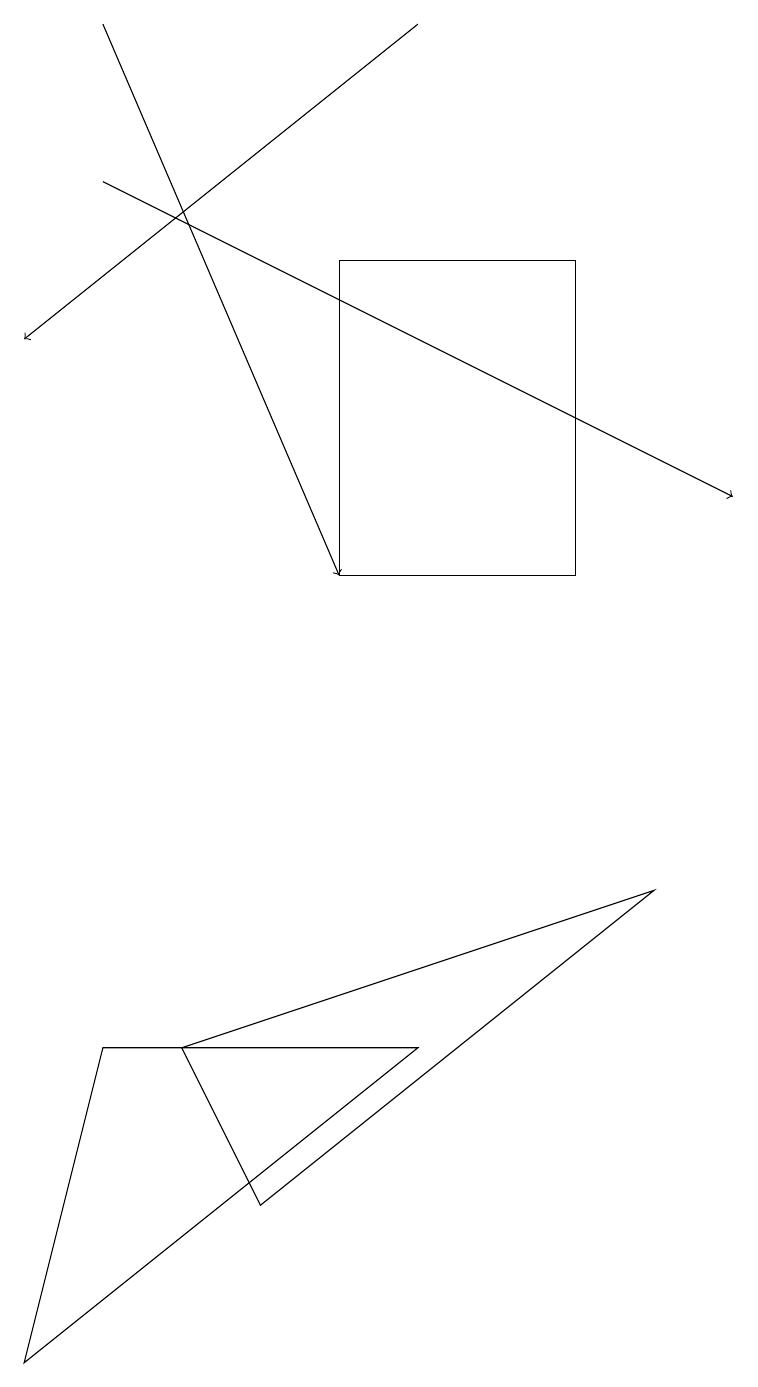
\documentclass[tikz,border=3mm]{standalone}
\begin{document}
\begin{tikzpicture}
\draw (7,14) rectangle (4,10);
\draw[->] (5,17) -- (0,13);
\draw[->] (1,17) -- (4,10);
\draw (2,4) -- (8,6) -- (3,2) -- cycle;
\draw (0,0) -- (5,4) -- (1,4) -- cycle;
\draw[->] (1,15) -- (9,11);
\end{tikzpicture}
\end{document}